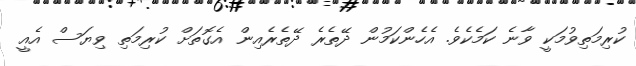
ކުރިމަތިވުމަކީ ވާނެ ކަމެކެވެ. އެހެންކަމުން ދޭތެރެ ދޭތެރެއިން އެގޮތަށް ކުރިމަތި ވިޔަސް އެއީ